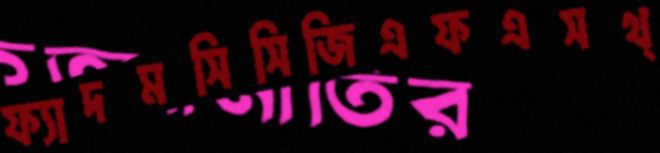
ফ্যাদমসিসিজিএফএসথ্